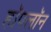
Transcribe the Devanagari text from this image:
हॉपलॉन